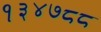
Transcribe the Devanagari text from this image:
१३४७८८